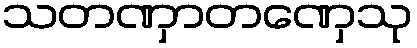
သတဏှာတဏှေသု